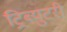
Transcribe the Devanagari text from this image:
ट्रिब्युटरी